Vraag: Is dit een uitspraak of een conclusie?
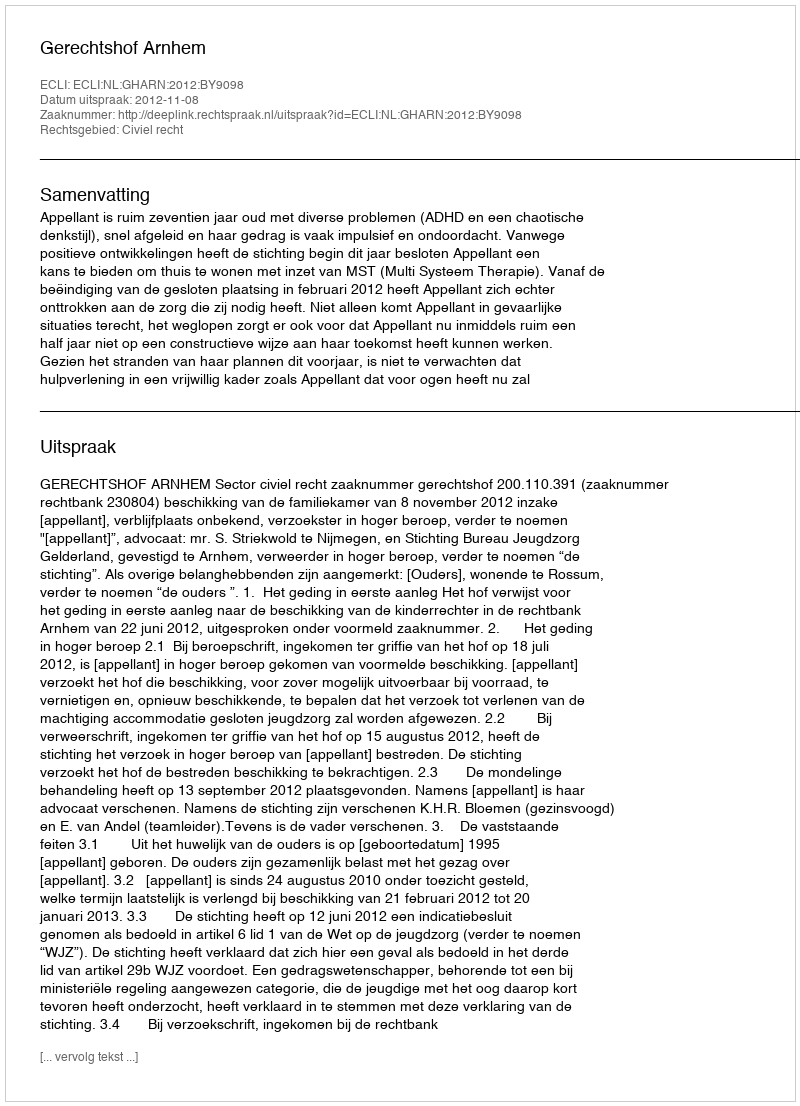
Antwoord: Uitspraak